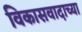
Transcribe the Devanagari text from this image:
विकासवादाच्या